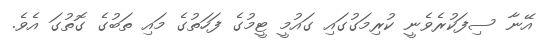
އޭނާ ސިފަކުރެވެނީ ކުރިމަގުގައި ގައުމީ ޓީމުގެ ފަހަތުގެ މައި ތަބުގެ ގޮތުގަ އެވެ.